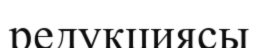
редукциясы